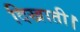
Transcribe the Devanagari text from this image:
दिखाती।